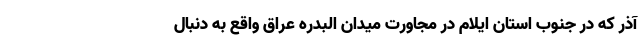
آذر که در جنوب استان ایلام در مجاورت میدان البدره عراق واقع به دنبال